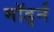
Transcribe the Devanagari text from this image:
मॉर्ड्न